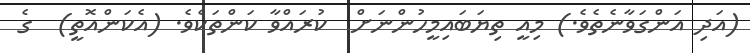
(އަދި އަންގަވާނެތެވެ.) މިއީ ތިޔަބައިމީހުންނަށް  ކުރައްވާ ކަންތަކެވެ. (އެކަންއޮތީ)  ގެ